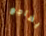
يضاجع